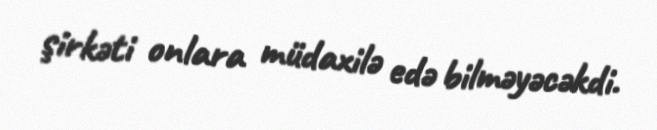
şirkəti onlara müdaxilə edə bilməyəcəkdi.